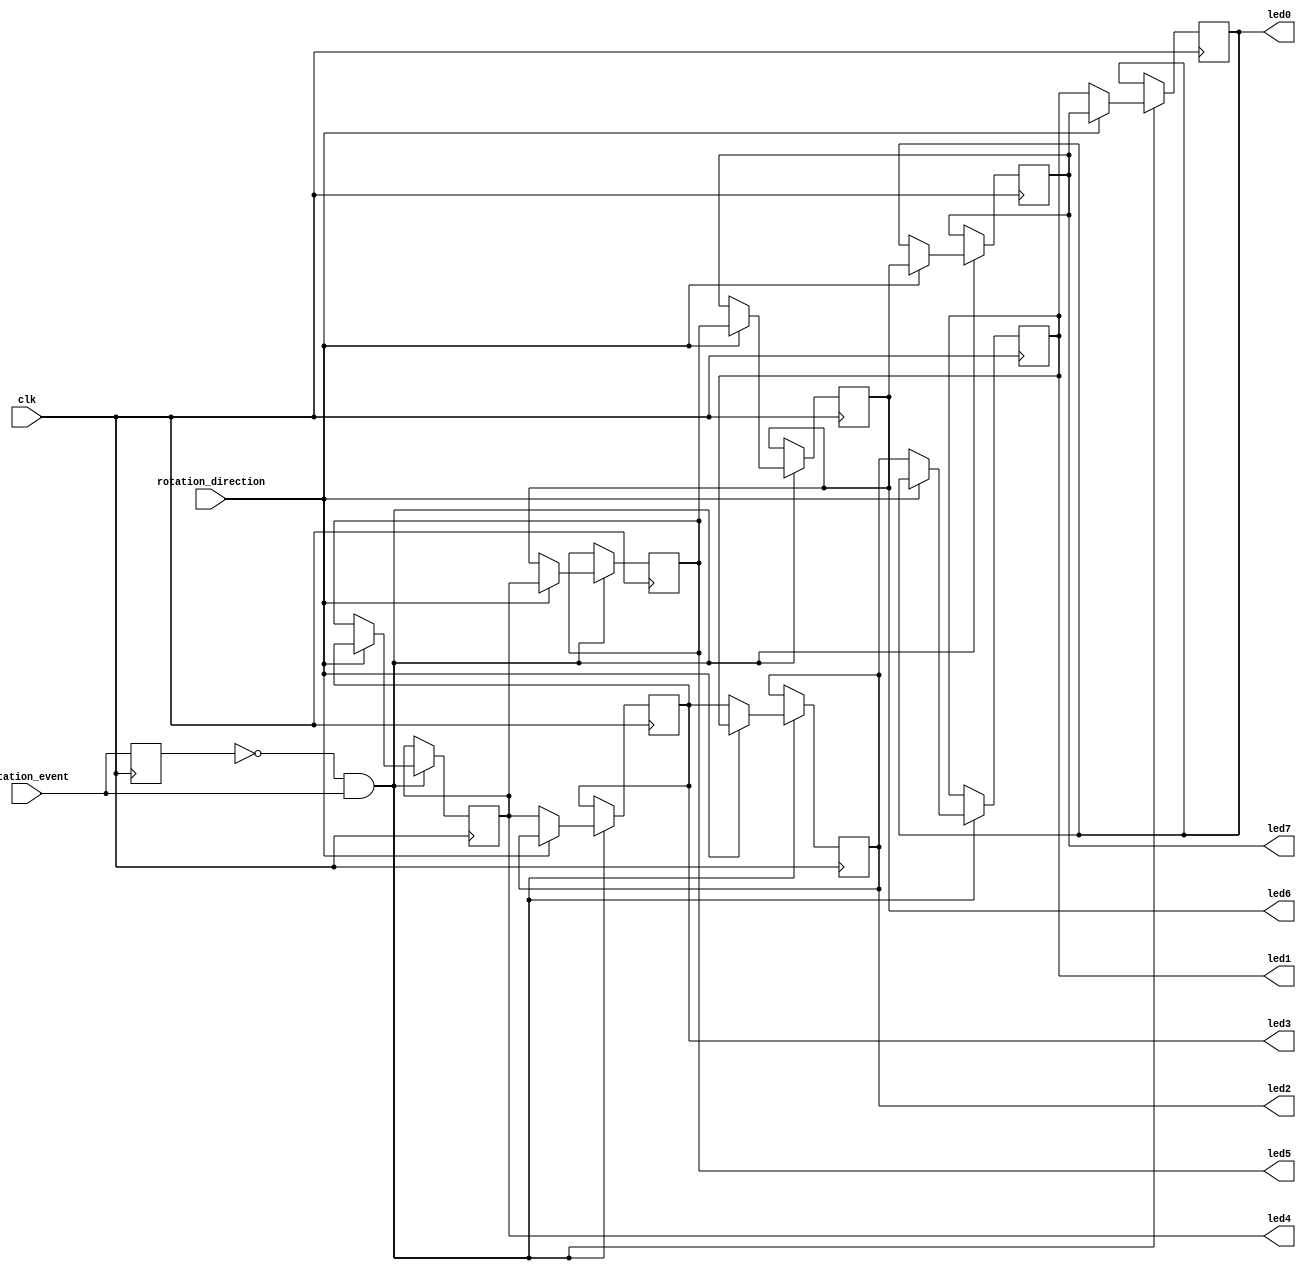
`timescale 1ns / 1ps
//////////////////////////////////////////////////////////////////////////////////
// Company: 
// Engineer: 
// 
// Design Name: 
// Module Name:    drive_led 
// Project Name: 
// Target Devices: 
// Tool versions: 
// Description: 
//
// Dependencies: 
//
// Revision: 
// Revision 0.01 - File Created
// Additional Comments: Authored by Mainak Chaudhuri
//
//////////////////////////////////////////////////////////////////////////////////
module drive_led(clk, rotation_event, rotation_direction,
                 led0, led1, led2, led3, led4, led5, led6, led7
    );

	input clk, rotation_event, rotation_direction;
	output led0, led1, led2, led3, led4, led5, led6, led7;
	reg led0=1;
	reg led1, led2, led3, led4, led5, led6, led7;
	
	reg prev_rotation_event;
	
	always @ (posedge clk) begin
		if ((prev_rotation_event == 0) && (rotation_event == 1)) begin
			if (rotation_direction == 0) begin
				led0 <= led1;
				led1 <= led2;
				led2 <= led3;
				led3 <= led4;
				led4 <= led5;
				led5 <= led6;
				led6 <= led7;
				led7 <= led0;
			end
			else begin
				led0 <= led7;
				led7 <= led6;
				led6 <= led5;
				led5 <= led4;
				led4 <= led3;
				led3 <= led2;
				led2 <= led1;
				led1 <= led0;
			end
		end
		prev_rotation_event <= rotation_event;
	end

endmodule